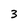
Character: 3